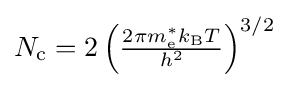
{\textstyle N_{\text{c}}=2\left({\frac {2\pi m_{\text{e}}^{*}k_{\text{B}}T}{h^{2}}}\right)^{3/2}}